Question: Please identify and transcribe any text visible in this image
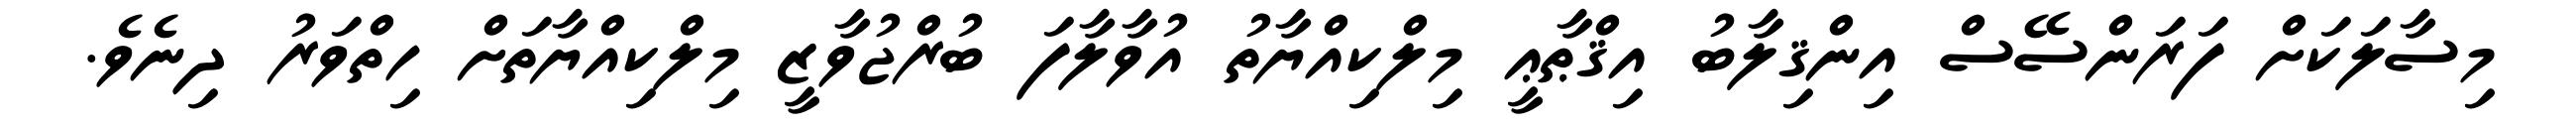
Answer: މިސާލަކަށް ފަރަންސޭސް އިންޤިލާބު އިޤްޠާޢީ މިލްކިއްޔާތު އުވާލާފަ ބުރްޖުވާޒީ މިލްކިއްޔާތަށް ހިތްވަރު ދިނެވެ.